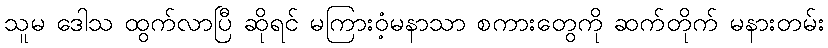
သူမ ဒေါသ ထွက်လာပြီ ဆိုရင် မကြားဝံ့မနာသာ စကားတွေကို ဆက်တိုက် မနားတမ်း